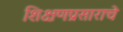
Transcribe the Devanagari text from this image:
शिक्षणप्रसाराचे